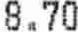
8.70